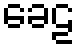
ခေဠ